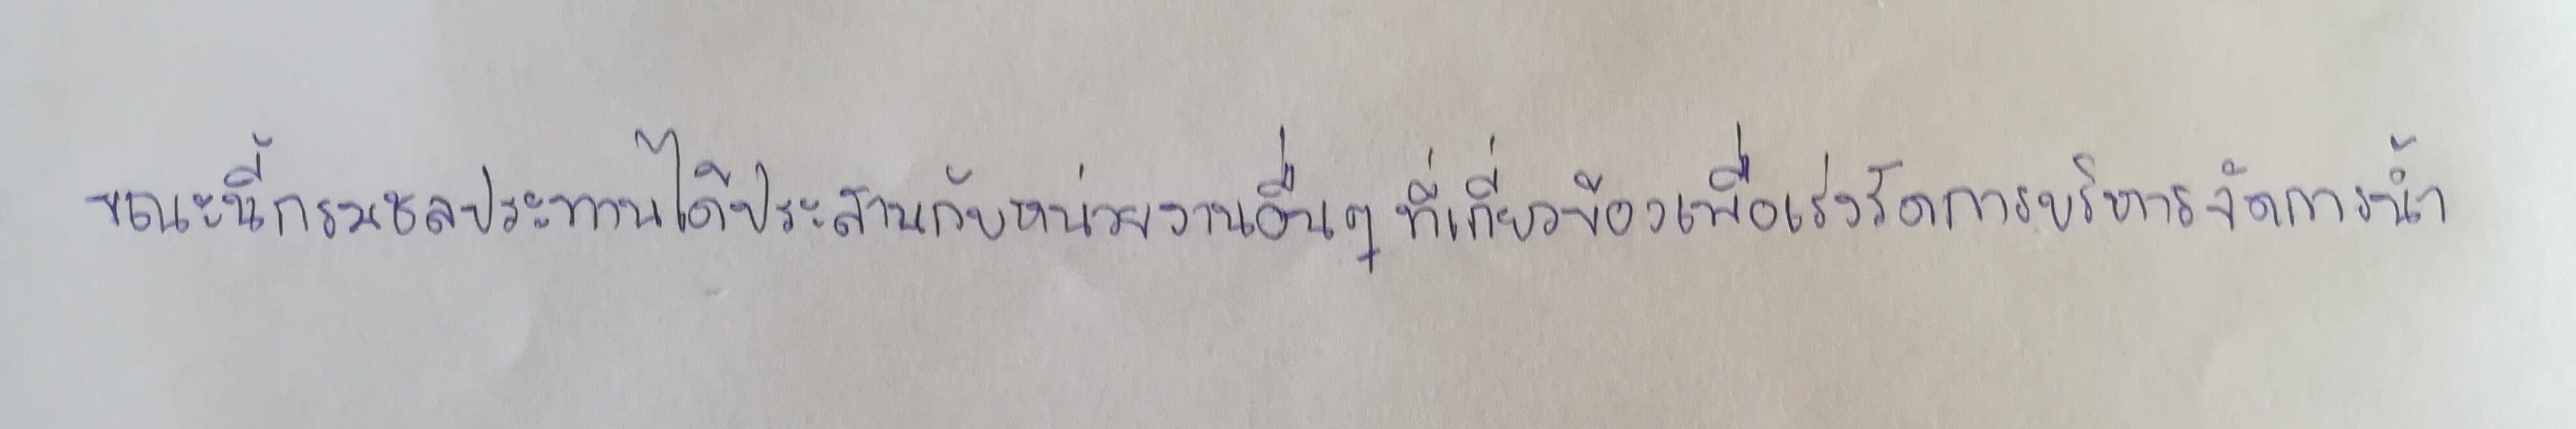
ขณะนี้กรมชลประทานได้ประสานกับหน่วยงานอื่นๆที่เกี่ยวข้องเพื่อเร่งรัดการบริหารจัดการน้ำ